Mental hospitals Bombay report 1929-33 - 1929-1933
Year: 1929
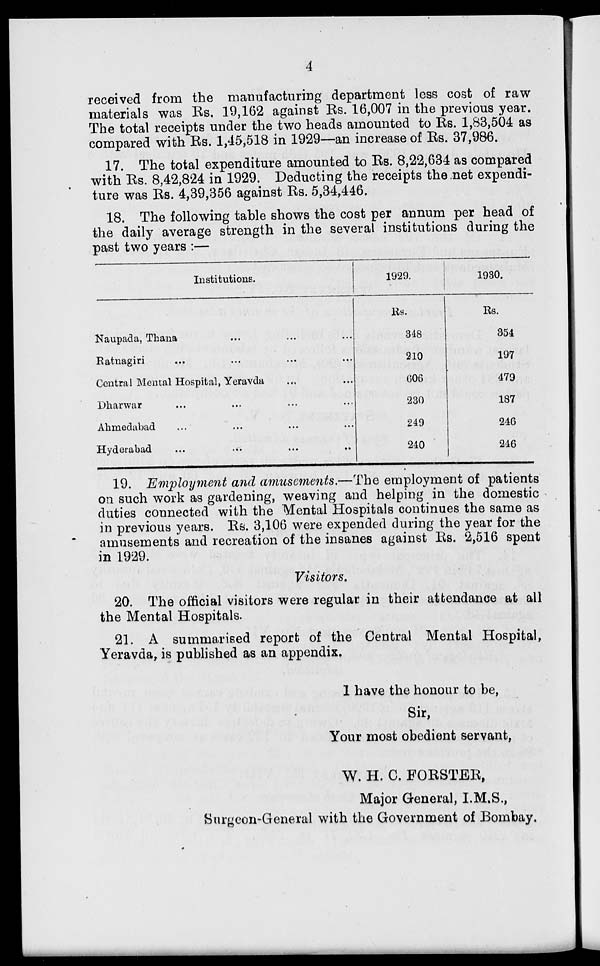
4
received from the manufacturing department less cost of raw
materials was Rs. 19,162 against Rs. 16,007 in the previous year.
The total receipts under the two heads amounted to Rs. 1,83,504 as
compared with Rs. 1,45,518 in 1929—an increase of Rs. 37,986.
17. The total expenditure amounted to Rs. 8,22,634 as compared
with Rs. 8,42,824 in 1929. Deducting the receipts the net expendi-
ture was Rs. 4,39,356 against Rs. 5,34,446.
18. The following table shows the cost per annum per head of
the daily average strength in the several institutions during the
past two years :—
Institutions.
Naupada, Thana ... ... ...
Ratnagiri ... ... ... ...
Central Mental Hospital, Yeravda ... ...
Dharwar ... ... ... ...
Ahmedabad ... ... ... ...
Hyderabad ... ... ... ...
1929.
Rs.
348
210
606
230
249
240
1930.
Rs.
354
197
479
187
246
246
19. Employment and amusements.—The employment of patients
on such work as gardening, weaving and helping in the domestic
duties connected with the Mental Hospitals continues the same as
in previous years. Rs. 3,106 were expended during the year for the
amusements and recreation of the insanes against Rs. 2,516 spent
in 1929.
Visitors.
20. The official visitors were regular in their attendance at all
the Mental Hospitals.
21. A summarised report of the Central Mental Hospital,
Yeravda, is published as an appendix.
I
have the honour to be,
Sir,
Your most obedient servant,
W. H. C. FORSTER,
Major General, I.M.S.,
Surgeon-General with the Government of Bombay.